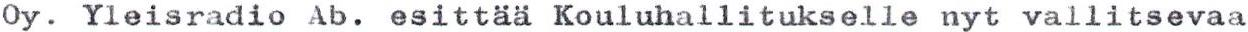
Oy. Yleisradio Ab. esittää Kouluhallitukselle nyt vallitsevaa